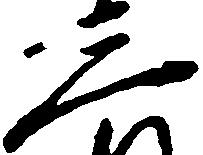
三